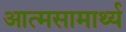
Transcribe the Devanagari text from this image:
आत्मसामार्थ्य